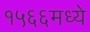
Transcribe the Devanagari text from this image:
१५६६मध्ये